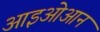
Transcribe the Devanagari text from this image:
आइओआन